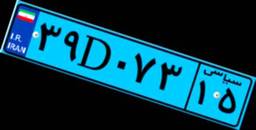
۰۹D۶۵۰۷۷